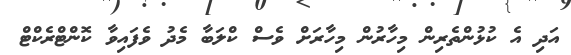
އަދި އެ ކުޅުންތެރިން މިހާރުން މިހާރަށް ވެސް ކްލަބާ މެދު ވެފައިވާ ކޮންޓްރެކްޓް